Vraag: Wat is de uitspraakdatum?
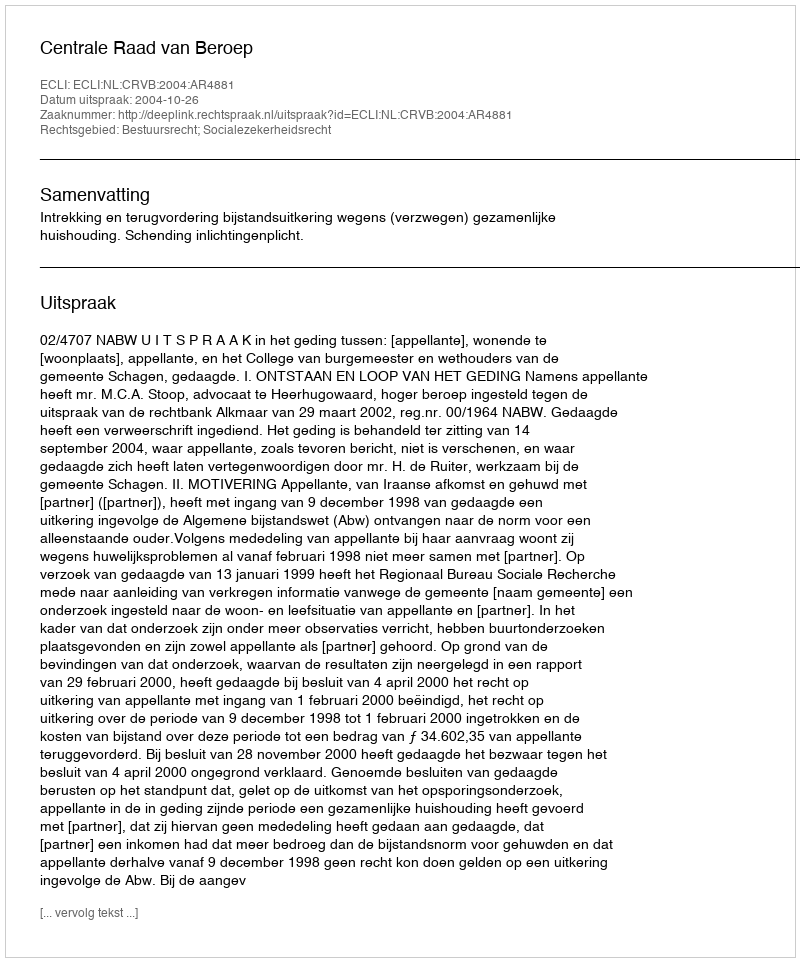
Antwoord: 2004-10-26